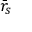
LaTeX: { \bar { r } } _ { s }